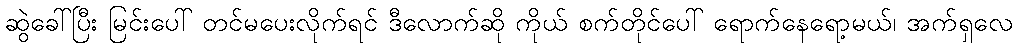
ဆွဲခေါ်ပြီး မြင်းပေါ် တင်မပေးလိုက်ရင် ဒီလောက်ဆို ကိုယ် စက်တိုင်ပေါ် ရောက်နေရော့မယ်၊ အက်ရှလေ